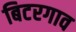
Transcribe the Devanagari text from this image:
बिटरगाव